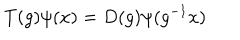
T ( g ) \psi ( x ) = D ( g ) \psi ( g ^ { - 1 } x )